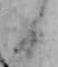
日